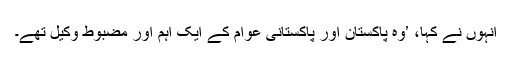
انہوں نے کہا، ’وہ پاکستان اور پاکستانی عوام کے ایک اہم اور مضبوط وکیل تھے۔